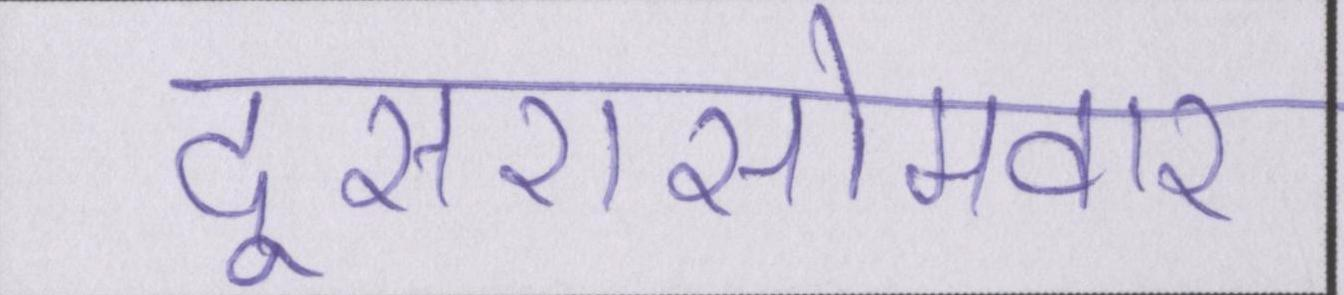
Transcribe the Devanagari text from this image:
दूसरासोमवार